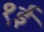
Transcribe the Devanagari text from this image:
१ई